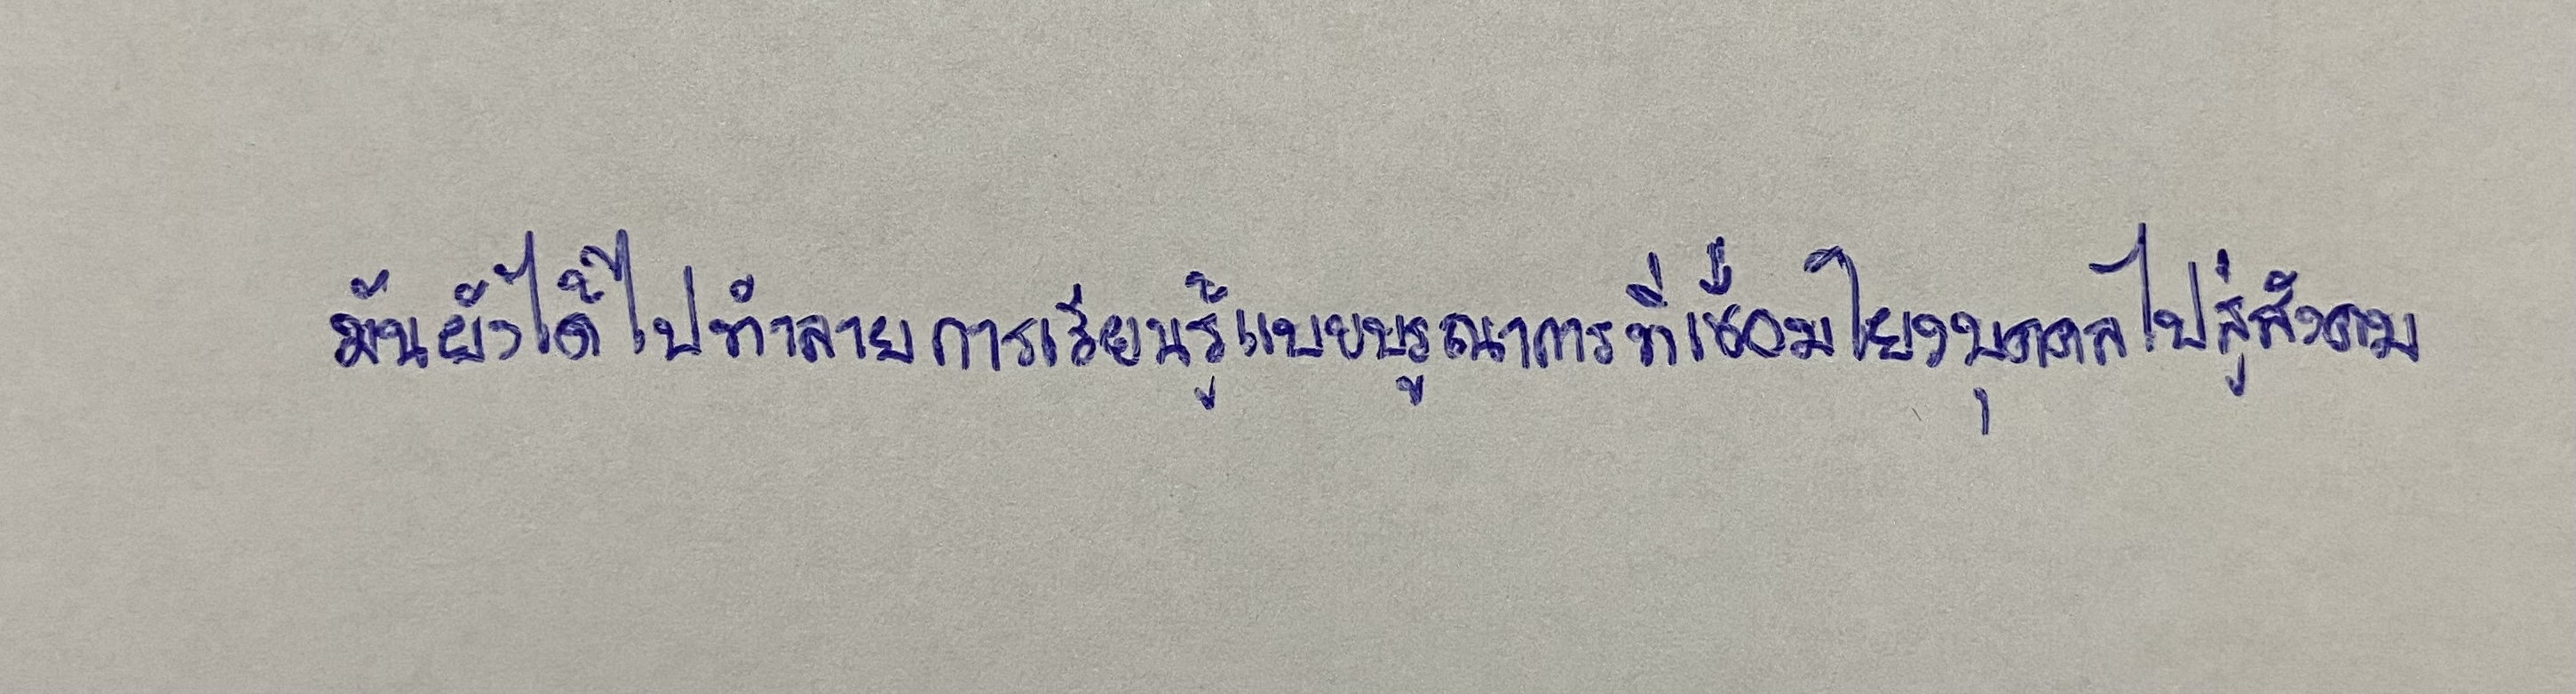
มันยังได้ไปทำลายการเรียนรู้แบบบูรณาการที่เชื่อมโยงบุคคลไปสู่สังคม